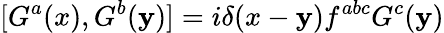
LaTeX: [G^{a}(x),G^{b}(\mathbf{y})]=i\delta(x-\mathbf{y})f^{abc}G^{c}(\mathbf{y})